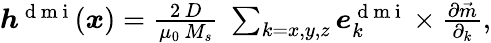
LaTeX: \begin{array}{r}{\boldsymbol{h}^{\mathrm{~d~m~i~}}(\boldsymbol{x})=\frac{2\, D}{\mu_{0}\, M_{s}}\; \sum_{k=x,y,z}\boldsymbol{e}_{k}^{\mathrm{~d~m~i~}}\times\frac{\partial\vec{m}}{\partial_{k}},}\end{array}